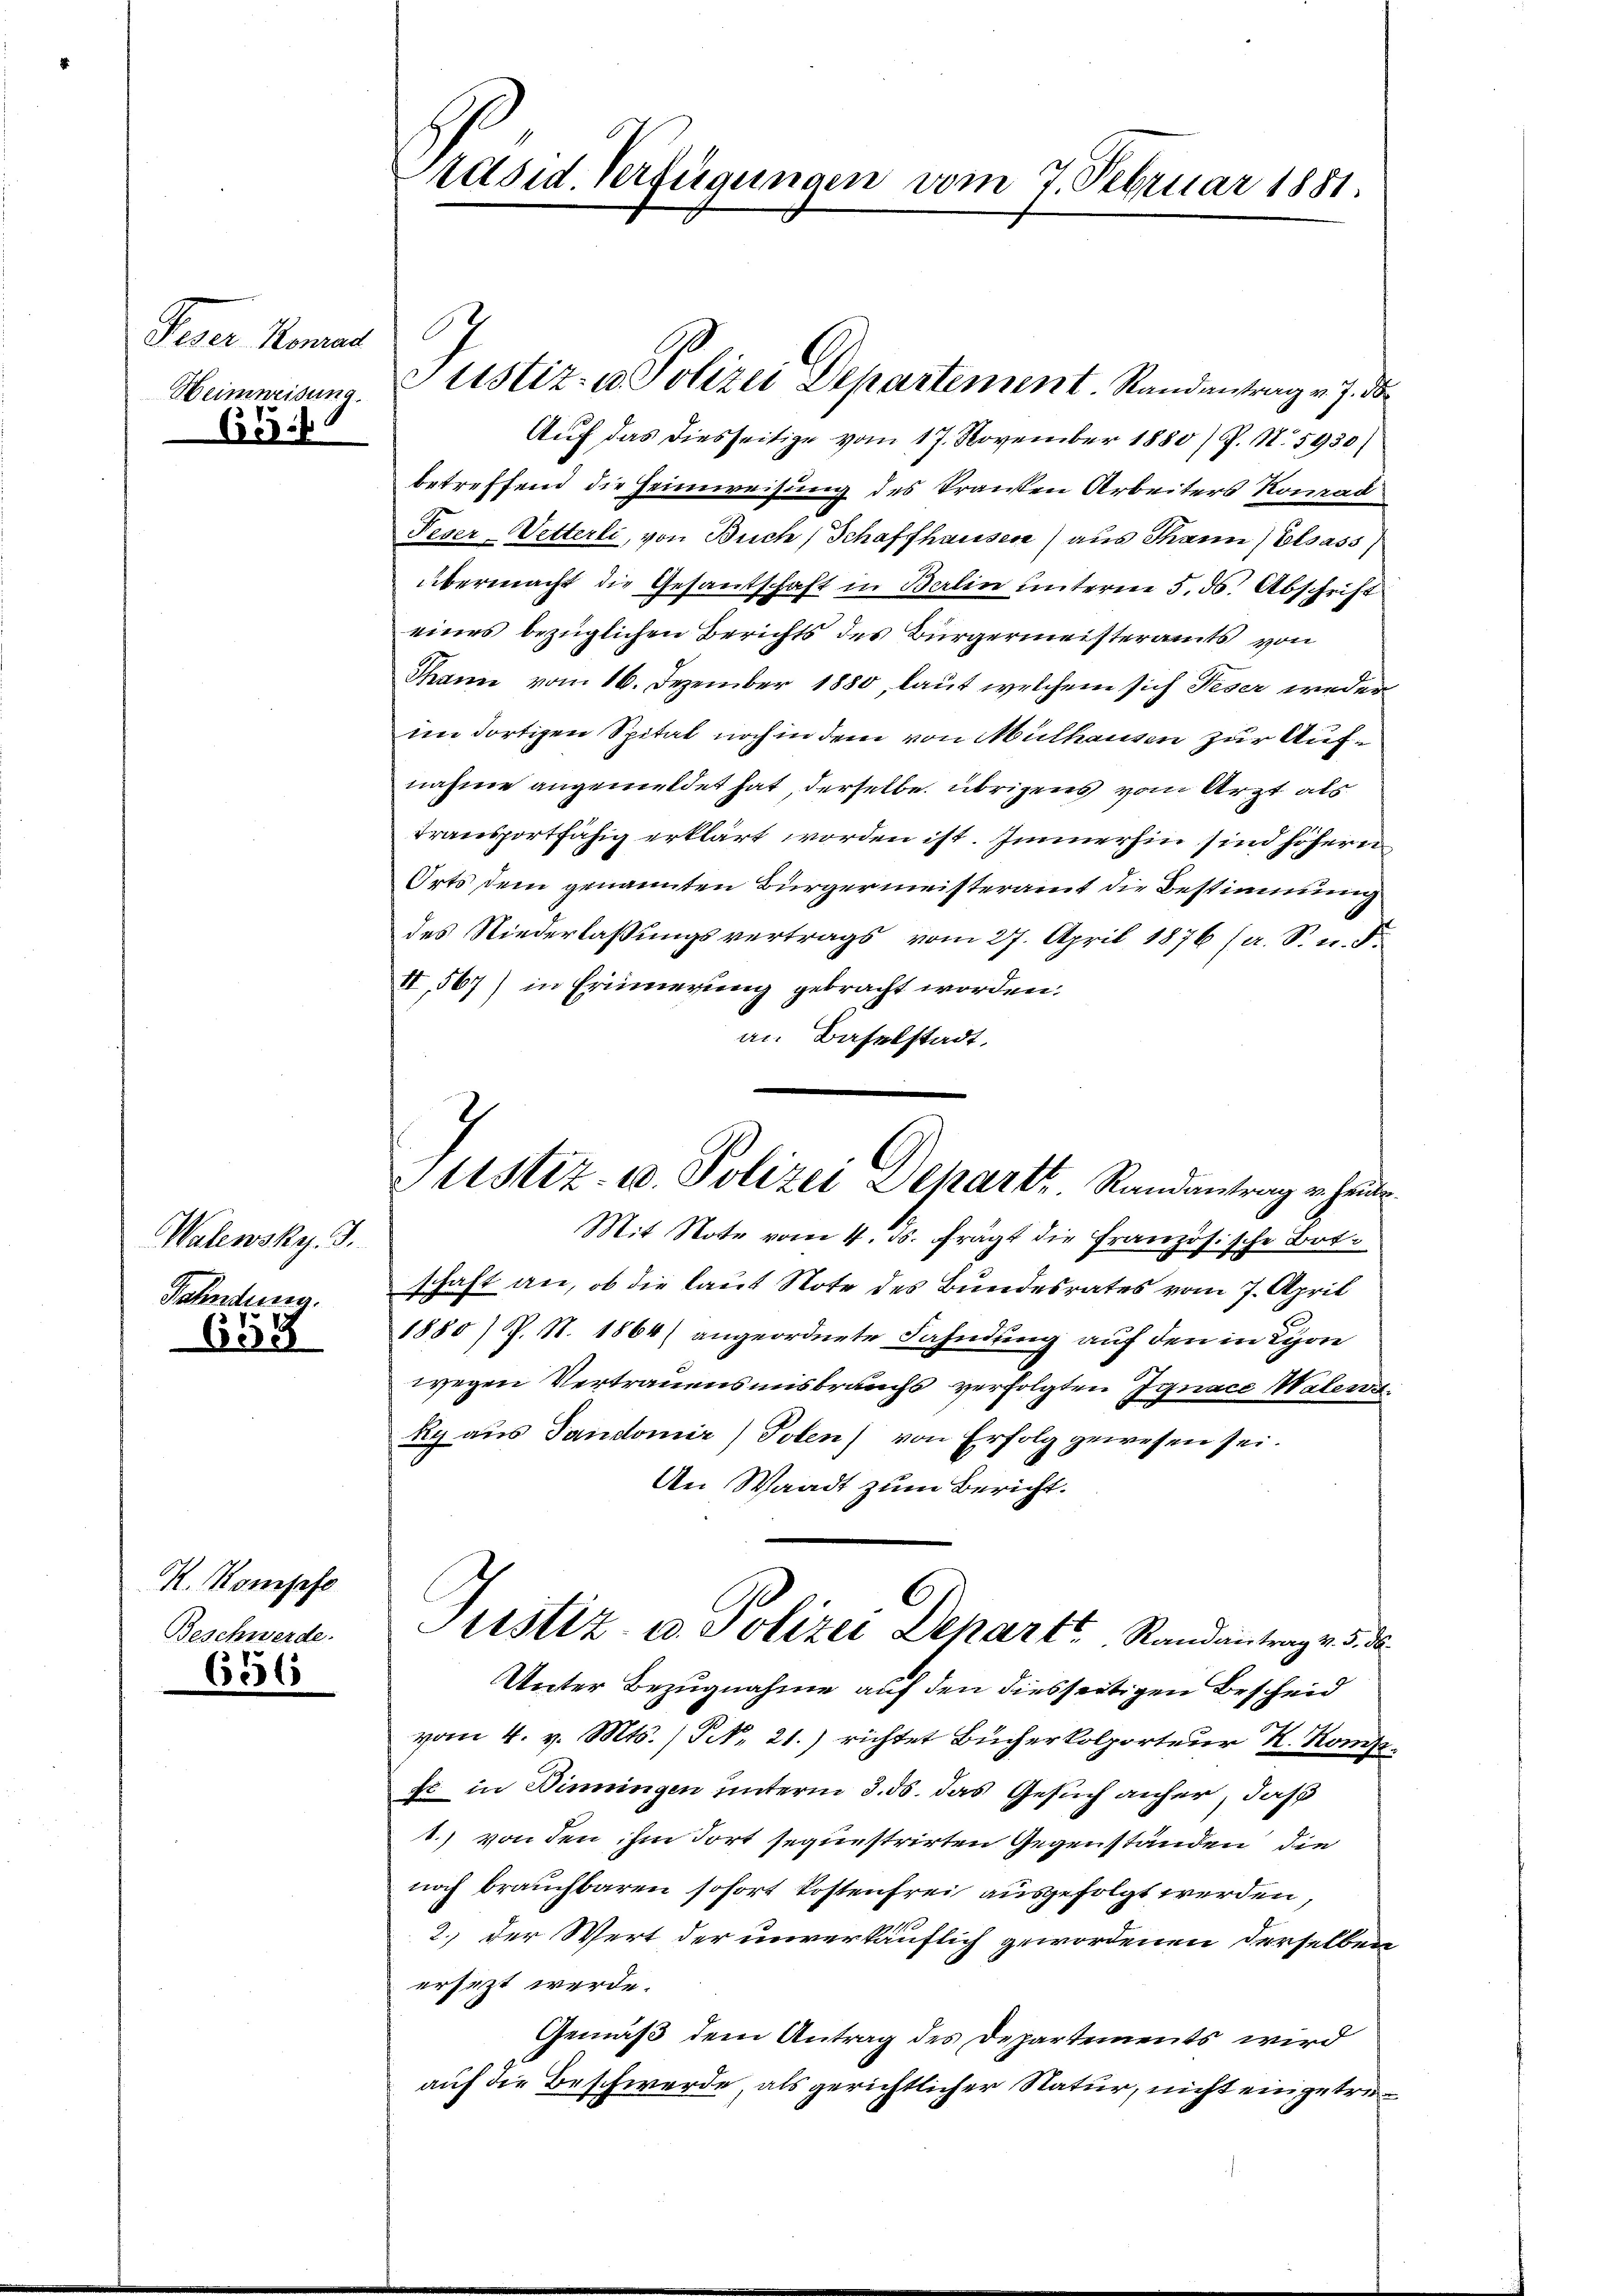
Peser Roman
Heimweisung.
65

Walewsky. J.
Fahndung.

659

K. Konsofe
Beschwerde.

6556

räsid. Verfügungen vom 7. Februar 1881.

Auf das diesseitige vom 17. November 1880) P. N. 5930)
betreffend die Heimweisung des kranken Arbeiters Konrad
Peser Vetterli, von Buch, Schaffhausen) aus Thann Elsass
übermacht die Gesantschaft in Balin unterm 5. ds. Abschrift
eines bezüglichen Berichts des Bürgermeisteramts von
Thann vom 16. Dezember 1880, laut welchem sich Feser weder
im dortigen Spital noch in dem von Mülhausen zur Aufnahme angemeldet hat, derselbe übrigens vom Arzt als
transportfähig erklärt worden ist. Immerhin sind höheren
Orts, dem genannten Bürgermeisteramt die Bestimmung
des Niederlaßungsvertrags vom 27. April 1876 (a. S. n. F.
II,567) in Erinnerung gebracht worden.
an Baselstadt.
Mit Note vom 4. ds. frägt die Französische Bot.
schaft an, ob die laut Note des Bundesrates vom 7. April
1880 / P. N. 1864) angeordnete Fahndung auf den in Lyon
wegen Vertrauensmisbrauchs verfolgten Jgnace Wateriky aus Sandomir) Polen) von Erfolg gewesen sei.
An Waadt zum Bericht.
Justiz- u. Polizei Departe Randantrage 5. d.
Unter Bezugnahme auf den diesseitigen Bescheid
vom 4. v. Mts. (Frk. 21.) richtet Bücherkolporteur K. Komp.
fs in Dinningen unterm 3. ds. das Gesuch anher, daß
1.) von den ihm dort sequestrirten Gegenständen die
noch brauchbaren sofort kostenfrei ausgefolgt werden,
2.) der Wert der unverkäuflich gewordenen derselben
ersezt werde.
Gemäß dem Antrag des Departements wird
auf die Beschwerde, als gerichtlicher Natur, nicht eingetre¬

6

Justiz- u. Polizei Departement. Standentrag v. 7. d.

Justiz- u. Polizei Depart. Randantrag erhande